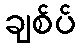
ချစ်ပ်